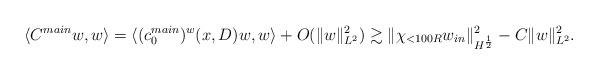
LaTeX: \begin{align*}\langle C^{main} w, w \rangle = \langle (c_0^{main})^w(x,D) w, w \rangle + O(\|w\|_{L^2}^2) \gtrsim\| \chi_{<100 R} w_{in} \|^2_{H^\frac12} - C \| w\|_{L^2}^2.\end{align*}